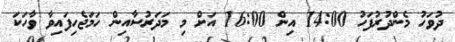
ދުވަހު މެންދުރުފަހު 14:00 އިން 16:00 އަށް މި މަދަރުސާއިން ހަމަޖެހިފައިވާ ވާހަކަ